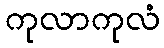
ကုလာကုလံ